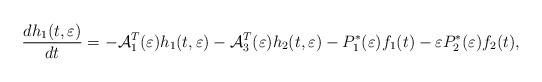
LaTeX: \begin{align*} \frac{dh_{1}(t,\varepsilon)}{dt}=-{\mathcal{A}}_{1}^{T}(\varepsilon)h_{1}(t,\varepsilon)-{\mathcal{A}}_{3}^{T}(\varepsilon)h_{2}(t,\varepsilon)-P_{1}^{*}(\varepsilon)f_{1}(t)-\varepsilon P_{2}^{*}(\varepsilon)f_{2}(t),\end{align*}